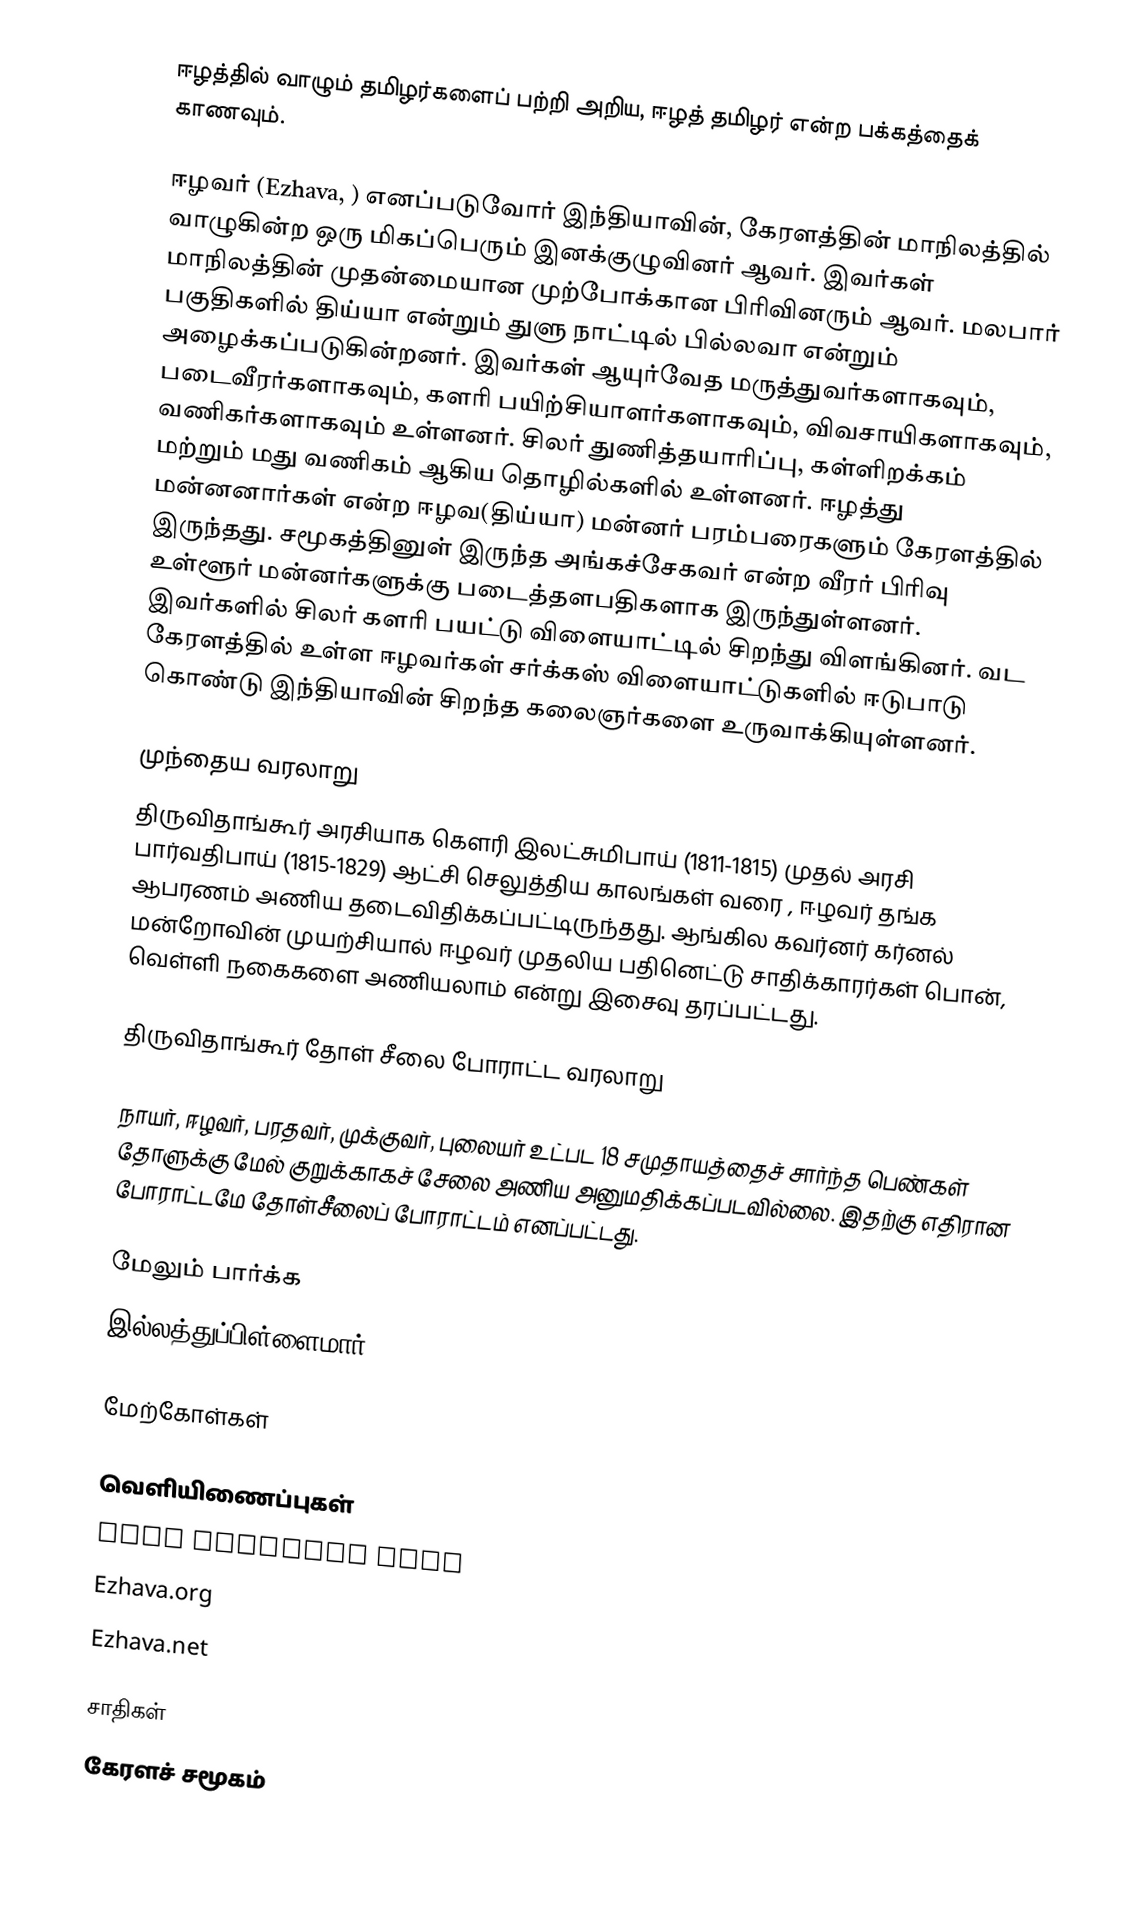
ஈழத்தில் வாழும் தமிழர்களைப் பற்றி அறிய, ஈழத் தமிழர் என்ற பக்கத்தைக் காணவும்.

ஈழவர் (Ezhava, ) எனப்படுவோர் இந்தியாவின், கேரளத்தின் மாநிலத்தில் வாழுகின்ற ஒரு மிகப்பெரும் இனக்குழுவினர் ஆவர். இவர்கள் மாநிலத்தின் முதன்மையான முற்போக்கான பிரிவினரும் ஆவர். மலபார் பகுதிகளில் திய்யா என்றும் துளு நாட்டில் பில்லவா என்றும்  அழைக்கப்படுகின்றனர். இவர்கள் ஆயுர்வேத மருத்துவர்களாகவும், படைவீரர்களாகவும், களரி பயிற்சியாளர்களாகவும், விவசாயிகளாகவும், வணிகர்களாகவும் உள்ளனர். சிலர் துணித்தயாரிப்பு, கள்ளிறக்கம் மற்றும் மது வணிகம் ஆகிய தொழில்களில் உள்ளனர். ஈழத்து மன்னனார்கள் என்ற ஈழவ(திய்யா) மன்னர் பரம்பரைகளும் கேரளத்தில் இருந்தது. சமூகத்தினுள் இருந்த அங்கச்சேகவர் என்ற வீரர் பிரிவு உள்ளூர் மன்னர்களுக்கு படைத்தளபதிகளாக இருந்துள்ளனர். இவர்களில் சிலர் களரி பயட்டு விளையாட்டில் சிறந்து விளங்கினர். வட கேரளத்தில் உள்ள ஈழவர்கள் சர்க்கஸ் விளையாட்டுகளில் ஈடுபாடு கொண்டு இந்தியாவின் சிறந்த கலைஞர்களை உருவாக்கியுள்ளனர்.

முந்தைய வரலாறு
திருவிதாங்கூர் அரசியாக கௌரி இலட்சுமிபாய் (1811-1815) முதல் அரசி பார்வதிபாய் (1815-1829) ஆட்சி செலுத்திய காலங்கள் வரை , ஈழவர்  தங்க ஆபரணம் அணிய தடைவிதிக்கப்பட்டிருந்தது. ஆங்கில கவர்னர் கர்னல் மன்றோவின் முயற்சியால் ஈழவர் முதலிய பதினெட்டு சாதிக்காரர்கள் பொன், வெள்ளி நகைகளை அணியலாம் என்று இசைவு தரப்பட்டது.

திருவிதாங்கூர் தோள் சீலை போராட்ட வரலாறு

நாயர், ஈழவர், பரதவர், முக்குவர், புலையர் உட்பட 18 சமுதாயத்தைச் சார்ந்த பெண்கள் தோளுக்கு மேல் குறுக்காகச் சேலை அணிய அனுமதிக்கப்படவில்லை. இதற்கு எதிரான போராட்டமே தோள்சீலைப் போராட்டம் எனப்பட்டது.

மேலும் பார்க்க
 இல்லத்துப்பிள்ளைமார்

மேற்கோள்கள்

வெளியிணைப்புகள்
 Sree Narayana Guru
 Ezhava.org
 Ezhava.net

சாதிகள்
கேரளச் சமூகம்